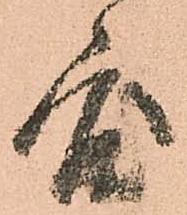
度